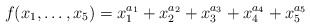
\begin{align*}f(x_1,\dots,x_5)=x_1^{a_1}+x_2^{a_2}+x_3^{a_3}+x_4^{a_4}+x_5^{a_5}\end{align*}